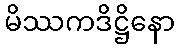
မိဿကဒိဋ္ဌိနော